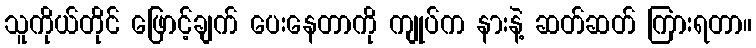
သူကိုယ်တိုင် ဖြောင့်ချက် ပေးနေတာကို ကျုပ်က နားနဲ့ ဆတ်ဆတ် ကြားရတာ။